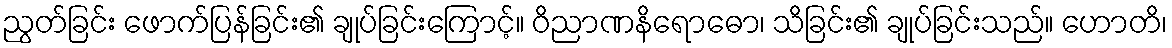
ညွတ်ခြင်း ဖောက်ပြန်ခြင်း၏ ချုပ်ခြင်းကြောင့်။ ဝိညာဏနိရောဓော၊ သိခြင်း၏ ချုပ်ခြင်းသည်။ ဟောတိ၊